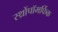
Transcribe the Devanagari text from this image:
स्थ्रोंपॉमर्फिक